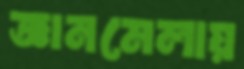
জ্ঞানমেলায়